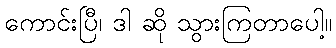
ကောင်းပြီ၊ ဒါ ဆို သွားကြတာပေါ့။